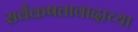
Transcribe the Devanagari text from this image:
सर्वंकषतावादाच्या